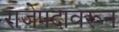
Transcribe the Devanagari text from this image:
राजेपदावरून